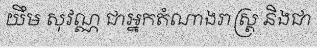
យឹម សុវណ្ណ ជាអ្នកតំណាងរាស្ត្រ និងជា